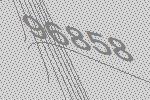
96858